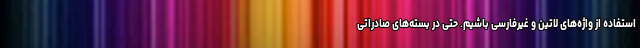
استفاده از واژه‌های لاتین و غیرفارسی باشیم. حتی در بسته‌های صادراتی